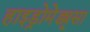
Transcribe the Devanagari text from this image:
हाइड्रोमेड्यूसा